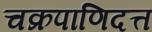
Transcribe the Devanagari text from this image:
चक्रपाणिदत्त